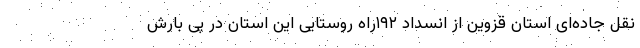
نقل جاده‌ای استان قزوین از انسداد ۱۹۲راه روستایی این استان در پی بارش